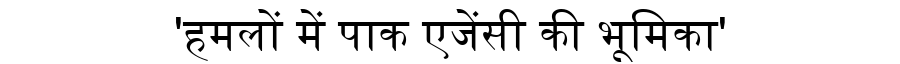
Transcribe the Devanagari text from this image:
'हमलों में पाक एजेंसी की भूमिका'